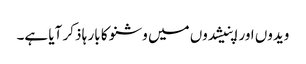
ویدوں اور اپنیشدوں میں وشنو کا بار ہا ذکر آیا ہے۔